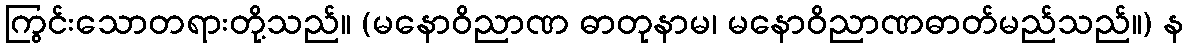
ကြွင်းသောတရားတို့သည်။ (မနောဝိညာဏ ဓာတုနာမ၊ မနောဝိညာဏဓာတ်မည်သည်။) န